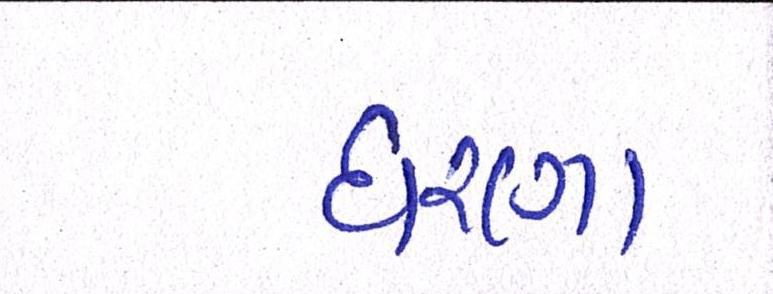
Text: ધરણા